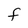
Character: f